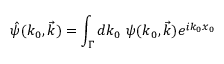
\hat { \psi } ( k _ { 0 } , \vec { k } ) = \int _ { \Gamma } d k _ { 0 } ~ \psi ( k _ { 0 } , \vec { k } ) e ^ { i k _ { 0 } x _ { 0 } }